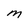
Character: M